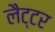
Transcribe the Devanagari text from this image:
लैट्टर